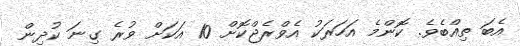
އެބަ ތިއްބެވެ. ކޮންމެ އަހަރަކު އެވްރެޖްކޮށް 10 އަކަށް ވުރެ ގިނަ ކުދިން